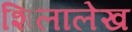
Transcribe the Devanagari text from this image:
शिलालेख